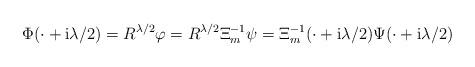
LaTeX: \begin{align*} \Phi(\cdot +\mathrm i\lambda/2) =R^{\lambda/2}\varphi =R^{\lambda/2}\Xi_m^{-1}\psi =\Xi_m^{-1}(\cdot +\mathrm i\lambda/2)\Psi(\cdot +\mathrm i\lambda/2)\end{align*}